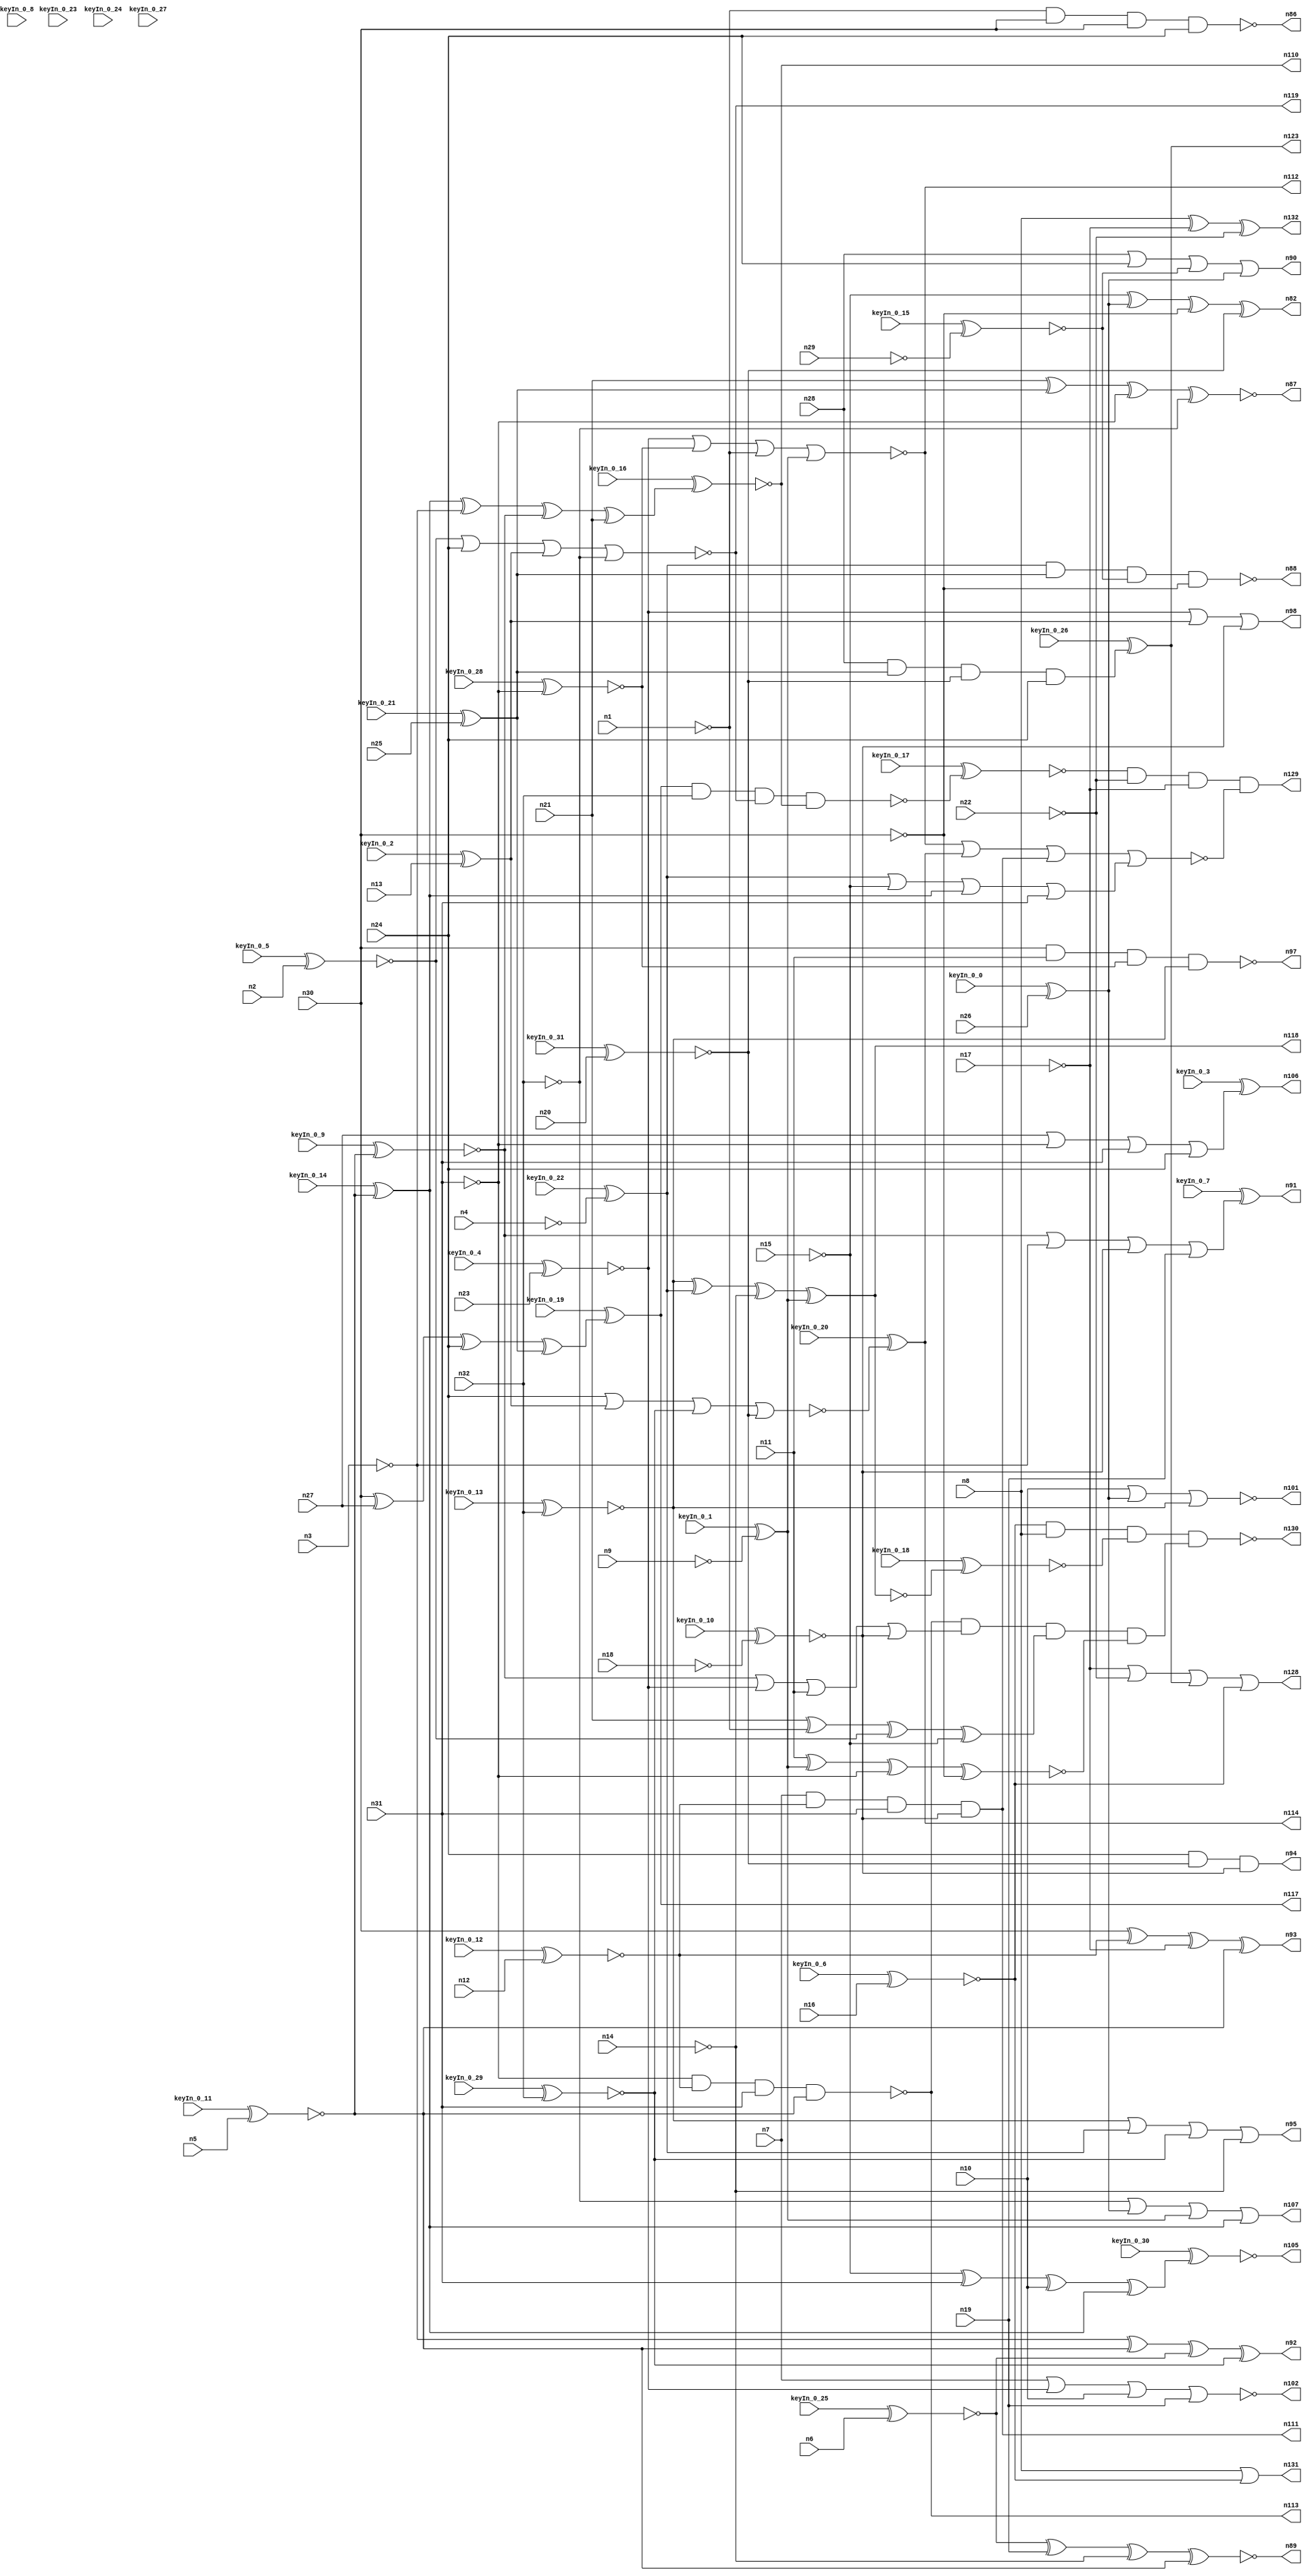


module Stat_100_59
(
  n1,
  n2,
  n3,
  n4,
  n5,
  n6,
  n7,
  n8,
  n9,
  n10,
  n11,
  n12,
  n13,
  n14,
  n15,
  n16,
  n17,
  n18,
  n19,
  n20,
  n21,
  n22,
  n23,
  n24,
  n25,
  n26,
  n27,
  n28,
  n29,
  n30,
  n31,
  n32,
  n90,
  n113,
  n105,
  n89,
  n92,
  n114,
  n94,
  n118,
  n82,
  n88,
  n111,
  n102,
  n95,
  n119,
  n110,
  n93,
  n101,
  n87,
  n91,
  n97,
  n86,
  n98,
  n107,
  n106,
  n112,
  n117,
  n123,
  n130,
  n132,
  n128,
  n131,
  n129,
  keyIn_0_0,
  keyIn_0_1,
  keyIn_0_2,
  keyIn_0_3,
  keyIn_0_4,
  keyIn_0_5,
  keyIn_0_6,
  keyIn_0_7,
  keyIn_0_8,
  keyIn_0_9,
  keyIn_0_10,
  keyIn_0_11,
  keyIn_0_12,
  keyIn_0_13,
  keyIn_0_14,
  keyIn_0_15,
  keyIn_0_16,
  keyIn_0_17,
  keyIn_0_18,
  keyIn_0_19,
  keyIn_0_20,
  keyIn_0_21,
  keyIn_0_22,
  keyIn_0_23,
  keyIn_0_24,
  keyIn_0_25,
  keyIn_0_26,
  keyIn_0_27,
  keyIn_0_28,
  keyIn_0_29,
  keyIn_0_30,
  keyIn_0_31
);

  input n1;input n2;input n3;input n4;input n5;input n6;input n7;input n8;input n9;input n10;input n11;input n12;input n13;input n14;input n15;input n16;input n17;input n18;input n19;input n20;input n21;input n22;input n23;input n24;input n25;input n26;input n27;input n28;input n29;input n30;input n31;input n32;input keyIn_0_0;input keyIn_0_1;input keyIn_0_2;input keyIn_0_3;input keyIn_0_4;input keyIn_0_5;input keyIn_0_6;input keyIn_0_7;input keyIn_0_8;input keyIn_0_9;input keyIn_0_10;input keyIn_0_11;input keyIn_0_12;input keyIn_0_13;input keyIn_0_14;input keyIn_0_15;input keyIn_0_16;input keyIn_0_17;input keyIn_0_18;input keyIn_0_19;input keyIn_0_20;input keyIn_0_21;input keyIn_0_22;input keyIn_0_23;input keyIn_0_24;input keyIn_0_25;input keyIn_0_26;input keyIn_0_27;input keyIn_0_28;input keyIn_0_29;input keyIn_0_30;input keyIn_0_31;
  output n90;output n113;output n105;output n89;output n92;output n114;output n94;output n118;output n82;output n88;output n111;output n102;output n95;output n119;output n110;output n93;output n101;output n87;output n91;output n97;output n86;output n98;output n107;output n106;output n112;output n117;output n123;output n130;output n132;output n128;output n131;output n129;
  wire n33;wire n34;wire n35;wire n36;wire n37;wire n38;wire n39;wire n40;wire n41;wire n42;wire n43;wire n44;wire n45;wire n46;wire n47;wire n48;wire n49;wire n50;wire n51;wire n52;wire n53;wire n54;wire n55;wire n56;wire n57;wire n58;wire n59;wire n60;wire n61;wire n62;wire n63;wire n64;wire n65;wire n66;wire n67;wire n68;wire n69;wire n70;wire n71;wire n72;wire n73;wire n74;wire n75;wire n76;wire n77;wire n78;wire n79;wire n80;wire n81;wire n83;wire n84;wire n85;wire n96;wire n99;wire n100;wire n103;wire n104;wire n108;wire n109;wire n115;wire n116;wire n120;wire n121;wire n122;wire n124;wire n125;wire n126;wire n127;wire KeyWire_0_0;wire KeyNOTWire_0_0;wire KeyWire_0_1;wire KeyNOTWire_0_1;wire KeyWire_0_2;wire KeyWire_0_3;wire KeyNOTWire_0_3;wire KeyWire_0_4;wire KeyNOTWire_0_4;wire KeyWire_0_5;wire KeyWire_0_6;wire KeyNOTWire_0_6;wire KeyWire_0_7;wire KeyNOTWire_0_7;wire KeyWire_0_8;wire KeyWire_0_9;wire KeyWire_0_10;wire KeyNOTWire_0_10;wire KeyWire_0_11;wire KeyWire_0_12;wire KeyNOTWire_0_12;wire KeyWire_0_13;wire KeyNOTWire_0_13;wire KeyWire_0_14;wire KeyWire_0_15;wire KeyNOTWire_0_15;wire KeyWire_0_16;wire KeyNOTWire_0_16;wire KeyWire_0_17;wire KeyWire_0_18;wire KeyNOTWire_0_18;wire KeyWire_0_19;wire KeyNOTWire_0_19;wire KeyWire_0_20;wire KeyNOTWire_0_20;wire KeyWire_0_21;wire KeyWire_0_22;wire KeyWire_0_23;wire KeyWire_0_24;wire KeyWire_0_25;wire KeyNOTWire_0_25;wire KeyWire_0_26;wire KeyWire_0_27;wire KeyWire_0_28;wire KeyNOTWire_0_28;wire KeyWire_0_29;wire KeyNOTWire_0_29;wire KeyWire_0_30;wire KeyNOTWire_0_30;wire KeyWire_0_31;wire KeyNOTWire_0_31;

  not
  g0
  (
    n68,
    n17
  );


  buf
  g1
  (
    n58,
    n30
  );


  buf
  g2
  (
    n55,
    n30
  );


  buf
  g3
  (
    KeyWire_0_25,
    n6
  );


  not
  g4
  (
    KeyWire_0_28,
    n31
  );


  not
  g5
  (
    n64,
    n14
  );


  buf
  g6
  (
    n63,
    n11
  );


  not
  g7
  (
    n35,
    n26
  );


  buf
  g8
  (
    n42,
    n31
  );


  buf
  g9
  (
    KeyWire_0_11,
    n5
  );


  not
  g10
  (
    n36,
    n24
  );


  buf
  g11
  (
    KeyWire_0_4,
    n23
  );


  buf
  g12
  (
    KeyWire_0_13,
    n32
  );


  not
  g13
  (
    KeyWire_0_1,
    n9
  );


  not
  g14
  (
    KeyWire_0_10,
    n18
  );


  buf
  g15
  (
    n71,
    n8
  );


  buf
  g16
  (
    n44,
    n21
  );


  buf
  g17
  (
    n65,
    n7
  );


  buf
  g18
  (
    KeyWire_0_31,
    n20
  );


  not
  g19
  (
    n56,
    n31
  );


  not
  g20
  (
    n66,
    n15
  );


  not
  g21
  (
    n49,
    n32
  );


  buf
  g22
  (
    n50,
    n28
  );


  buf
  g23
  (
    n62,
    n10
  );


  not
  g24
  (
    n33,
    n13
  );


  buf
  g25
  (
    KeyWire_0_12,
    n12
  );


  not
  g26
  (
    KeyWire_0_22,
    n4
  );


  not
  g27
  (
    n70,
    n22
  );


  buf
  g28
  (
    KeyWire_0_5,
    n2
  );


  buf
  g29
  (
    n59,
    n19
  );


  not
  g30
  (
    KeyWire_0_15,
    n29
  );


  buf
  g31
  (
    KeyWire_0_21,
    n25
  );


  not
  g32
  (
    n46,
    n30
  );


  not
  g33
  (
    n60,
    n3
  );


  not
  g34
  (
    n39,
    n1
  );


  buf
  g35
  (
    n57,
    n27
  );


  buf
  g36
  (
    n45,
    n31
  );


  buf
  g37
  (
    KeyWire_0_29,
    n32
  );


  buf
  g38
  (
    KeyWire_0_6,
    n16
  );


  not
  g39
  (
    KeyWire_0_0,
    n35
  );


  not
  g40
  (
    KeyWire_0_9,
    n37
  );


  not
  g41
  (
    n75,
    n37
  );


  not
  g42
  (
    n80,
    n34
  );


  not
  g43
  (
    n78,
    n36
  );


  not
  g44
  (
    KeyWire_0_14,
    n37
  );


  not
  g45
  (
    KeyWire_0_2,
    n33
  );


  not
  g46
  (
    n74,
    n36
  );


  buf
  g47
  (
    n72,
    n38
  );


  not
  g48
  (
    n79,
    n36
  );


  or
  g49
  (
    KeyWire_0_7,
    n76,
    n60,
    n72,
    n59
  );


  xor
  g50
  (
    n92,
    n60,
    n75,
    n80,
    n48
  );


  or
  g51
  (
    KeyWire_0_3,
    n57,
    n56,
    n42,
    n74
  );


  and
  g52
  (
    n84,
    n57,
    n74,
    n65,
    n44
  );


  nand
  g53
  (
    n88,
    n43,
    n47,
    n41,
    n46
  );


  or
  g54
  (
    n103,
    n57,
    n79,
    n80,
    n58
  );


  xor
  g55
  (
    n82,
    n66,
    n73,
    n46,
    n40
  );


  nand
  g56
  (
    n86,
    n39,
    n58,
    n55,
    n78
  );


  xnor
  g57
  (
    n115,
    n63,
    n54,
    n56,
    n46
  );


  xor
  g58
  (
    KeyWire_0_30,
    n66,
    n42,
    n62,
    n77
  );


  nand
  g59
  (
    n120,
    n50,
    n47,
    n40,
    n79
  );


  xnor
  g60
  (
    n87,
    n44,
    n47,
    n56,
    n49
  );


  nor
  g61
  (
    KeyWire_0_20,
    n78,
    n81,
    n48,
    n40
  );


  or
  g62
  (
    n95,
    n51,
    n43,
    n48,
    n64
  );


  or
  g63
  (
    n108,
    n43,
    n66,
    n77,
    n42
  );


  xor
  g64
  (
    KeyWire_0_19,
    n55,
    n57,
    n74,
    n47
  );


  nand
  g65
  (
    n97,
    n58,
    n63,
    n53,
    n51
  );


  nand
  g66
  (
    n113,
    n56,
    n52,
    n45,
    n75
  );


  nor
  g67
  (
    n112,
    n61,
    n53,
    n39,
    n54
  );


  or
  g68
  (
    n90,
    n50,
    n78,
    n41,
    n73
  );


  nor
  g69
  (
    KeyWire_0_27,
    n46,
    n80,
    n58,
    n49
  );


  nor
  g70
  (
    n119,
    n67,
    n78,
    n81,
    n49
  );


  xor
  g71
  (
    KeyWire_0_23,
    n48,
    n53,
    n67
  );


  xor
  g72
  (
    KeyWire_0_16,
    n77,
    n60,
    n76,
    n44
  );


  xor
  g73
  (
    n99,
    n63,
    n50,
    n64,
    n39
  );


  and
  g74
  (
    n94,
    n79,
    n79,
    n40,
    n72
  );


  xor
  g75
  (
    n121,
    n44,
    n39,
    n67,
    n66
  );


  or
  g76
  (
    n107,
    n49,
    n73,
    n54,
    n77
  );


  or
  g77
  (
    n98,
    n61,
    n81,
    n72
  );


  nand
  g78
  (
    KeyWire_0_24,
    n74,
    n42,
    n45,
    n38
  );


  xor
  g79
  (
    n93,
    n55,
    n52,
    n68,
    n75
  );


  or
  g80
  (
    n100,
    n67,
    n50,
    n55,
    n72
  );


  and
  g81
  (
    n111,
    n65,
    n52,
    n45,
    n38
  );


  xnor
  g82
  (
    n89,
    n80,
    n59,
    n64,
    n75
  );


  or
  g83
  (
    n109,
    n76,
    n61,
    n63,
    n38
  );


  and
  g84
  (
    KeyWire_0_8,
    n76,
    n65,
    n59,
    n41
  );


  nor
  g85
  (
    n102,
    n65,
    n61,
    n62,
    n59
  );


  xor
  g86
  (
    n118,
    n51,
    n43,
    n64,
    n54
  );


  nor
  g87
  (
    n101,
    n62,
    n62,
    n73,
    n51
  );


  nand
  g88
  (
    n85,
    n60,
    n41,
    n45,
    n52
  );


  not
  g89
  (
    n122,
    n116
  );


  not
  g90
  (
    KeyWire_0_26,
    n120
  );


  not
  g91
  (
    KeyWire_0_18,
    n118
  );


  nand
  g92
  (
    KeyWire_0_17,
    n117,
    n32,
    n119,
    n110
  );


  and
  g93
  (
    n125,
    n113,
    n109,
    n121,
    n115
  );


  nor
  g94
  (
    n127,
    n112,
    n114,
    n111,
    n108
  );


  nand
  g95
  (
    n130,
    n69,
    n71,
    n126,
    n125
  );


  or
  g96
  (
    n131,
    n71,
    n69
  );


  or
  g97
  (
    n128,
    n68,
    n70,
    n123,
    n69
  );


  xor
  g98
  (
    n132,
    n71,
    n68,
    n70
  );


  and
  g99
  (
    n129,
    n124,
    n70,
    n68,
    n127
  );


  xnor
  KeyGate_0_0
  (
    KeyNOTWire_0_0,
    keyIn_0_0,
    KeyWire_0_0
  );


  not
  KeyNOTGate_0_0
  (
    n73,
    KeyNOTWire_0_0
  );


  xnor
  KeyGate_0_1
  (
    KeyNOTWire_0_1,
    keyIn_0_1,
    KeyWire_0_1
  );


  not
  KeyNOTGate_0_1
  (
    n54,
    KeyNOTWire_0_1
  );


  xor
  KeyGate_0_2
  (
    n81,
    keyIn_0_2,
    KeyWire_0_2
  );


  xnor
  KeyGate_0_3
  (
    KeyNOTWire_0_3,
    keyIn_0_3,
    KeyWire_0_3
  );


  not
  KeyNOTGate_0_3
  (
    n106,
    KeyNOTWire_0_3
  );


  xor
  KeyGate_0_4
  (
    KeyNOTWire_0_4,
    keyIn_0_4,
    KeyWire_0_4
  );


  not
  KeyNOTGate_0_4
  (
    n61,
    KeyNOTWire_0_4
  );


  xnor
  KeyGate_0_5
  (
    n67,
    keyIn_0_5,
    KeyWire_0_5
  );


  xor
  KeyGate_0_6
  (
    KeyNOTWire_0_6,
    keyIn_0_6,
    KeyWire_0_6
  );


  not
  KeyNOTGate_0_6
  (
    n69,
    KeyNOTWire_0_6
  );


  xnor
  KeyGate_0_7
  (
    KeyNOTWire_0_7,
    keyIn_0_7,
    KeyWire_0_7
  );


  not
  KeyNOTGate_0_7
  (
    n91,
    KeyNOTWire_0_7
  );


  xnor
  KeyGate_0_8
  (
    n96,
    keyIn_0_8,
    KeyWire_0_8
  );


  xnor
  KeyGate_0_9
  (
    n76,
    keyIn_0_9,
    KeyWire_0_9
  );


  xor
  KeyGate_0_10
  (
    KeyNOTWire_0_10,
    keyIn_0_10,
    KeyWire_0_10
  );


  not
  KeyNOTGate_0_10
  (
    n38,
    KeyNOTWire_0_10
  );


  xor
  KeyGate_0_11
  (
    n37,
    keyIn_0_11,
    KeyWire_0_11
  );


  xor
  KeyGate_0_12
  (
    KeyNOTWire_0_12,
    keyIn_0_12,
    KeyWire_0_12
  );


  not
  KeyNOTGate_0_12
  (
    n52,
    KeyNOTWire_0_12
  );


  xor
  KeyGate_0_13
  (
    KeyNOTWire_0_13,
    keyIn_0_13,
    KeyWire_0_13
  );


  not
  KeyNOTGate_0_13
  (
    n51,
    KeyNOTWire_0_13
  );


  xor
  KeyGate_0_14
  (
    n77,
    keyIn_0_14,
    KeyWire_0_14
  );


  xor
  KeyGate_0_15
  (
    KeyNOTWire_0_15,
    keyIn_0_15,
    KeyWire_0_15
  );


  not
  KeyNOTGate_0_15
  (
    n41,
    KeyNOTWire_0_15
  );


  xor
  KeyGate_0_16
  (
    KeyNOTWire_0_16,
    keyIn_0_16,
    KeyWire_0_16
  );


  not
  KeyNOTGate_0_16
  (
    n110,
    KeyNOTWire_0_16
  );


  xnor
  KeyGate_0_17
  (
    n124,
    keyIn_0_17,
    KeyWire_0_17
  );


  xor
  KeyGate_0_18
  (
    KeyNOTWire_0_18,
    keyIn_0_18,
    KeyWire_0_18
  );


  not
  KeyNOTGate_0_18
  (
    n126,
    KeyNOTWire_0_18
  );


  xnor
  KeyGate_0_19
  (
    KeyNOTWire_0_19,
    keyIn_0_19,
    KeyWire_0_19
  );


  not
  KeyNOTGate_0_19
  (
    n117,
    KeyNOTWire_0_19
  );


  xnor
  KeyGate_0_20
  (
    KeyNOTWire_0_20,
    keyIn_0_20,
    KeyWire_0_20
  );


  not
  KeyNOTGate_0_20
  (
    n114,
    KeyNOTWire_0_20
  );


  xor
  KeyGate_0_21
  (
    n47,
    keyIn_0_21,
    KeyWire_0_21
  );


  xor
  KeyGate_0_22
  (
    n43,
    keyIn_0_22,
    KeyWire_0_22
  );


  xor
  KeyGate_0_23
  (
    n104,
    keyIn_0_23,
    KeyWire_0_23
  );


  xor
  KeyGate_0_24
  (
    n116,
    keyIn_0_24,
    KeyWire_0_24
  );


  xnor
  KeyGate_0_25
  (
    KeyNOTWire_0_25,
    keyIn_0_25,
    KeyWire_0_25
  );


  not
  KeyNOTGate_0_25
  (
    n34,
    KeyNOTWire_0_25
  );


  xor
  KeyGate_0_26
  (
    n123,
    keyIn_0_26,
    KeyWire_0_26
  );


  xnor
  KeyGate_0_27
  (
    n83,
    keyIn_0_27,
    KeyWire_0_27
  );


  xor
  KeyGate_0_28
  (
    KeyNOTWire_0_28,
    keyIn_0_28,
    KeyWire_0_28
  );


  not
  KeyNOTGate_0_28
  (
    n53,
    KeyNOTWire_0_28
  );


  xor
  KeyGate_0_29
  (
    KeyNOTWire_0_29,
    keyIn_0_29,
    KeyWire_0_29
  );


  not
  KeyNOTGate_0_29
  (
    n48,
    KeyNOTWire_0_29
  );


  xor
  KeyGate_0_30
  (
    KeyNOTWire_0_30,
    keyIn_0_30,
    KeyWire_0_30
  );


  not
  KeyNOTGate_0_30
  (
    n105,
    KeyNOTWire_0_30
  );


  xor
  KeyGate_0_31
  (
    KeyNOTWire_0_31,
    keyIn_0_31,
    KeyWire_0_31
  );


  not
  KeyNOTGate_0_31
  (
    n40,
    KeyNOTWire_0_31
  );


endmodule